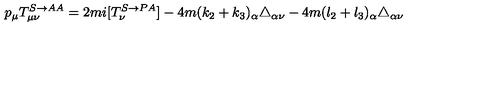
p _ { \mu } T _ { \mu \nu } ^ { S \rightarrow A A } = 2 m i [ T _ { \nu } ^ { S \rightarrow P A } ] - 4 m ( k _ { 2 } + k _ { 3 } ) _ { \alpha } \triangle _ { \alpha \nu } - 4 m ( l _ { 2 } + l _ { 3 } ) _ { \alpha } \triangle _ { \alpha \nu }